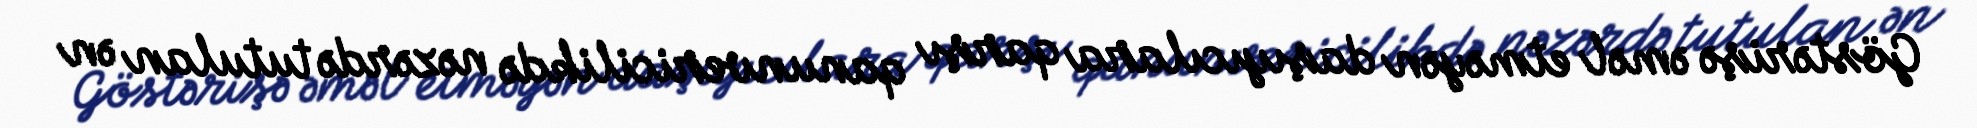
Göstərişə əməl etməyən daşıyıcılara qarşı qanunvericilikdə nəzərdə tutulan ən